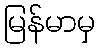
မြန်မာမှ